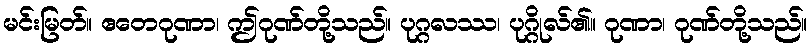
မင်းမြတ်။ ဧတေဂုဏာ၊ ဤဂုဏ်တို့သည်။ ပုဂ္ဂလဿ၊ ပုဂ္ဂိုလ်၏။ ဂုဏာ၊ ဂုဏ်တို့သည်။